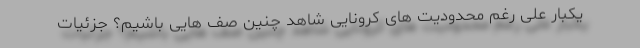
یکبار علی رغم محدودیت های کرونایی شاهد چنین صف هایی باشیم؟ جزئیات